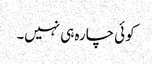
کوئی چارہ ہی نہیں۔